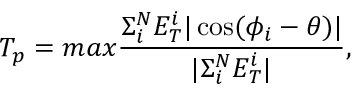
T _ { p } = m a x \frac { \Sigma _ { i } ^ { N } E _ { T } ^ { i } | \cos ( \phi _ { i } - \theta ) | } { | \Sigma _ { i } ^ { N } E _ { T } ^ { i } | } ,